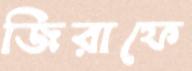
জিরাফে